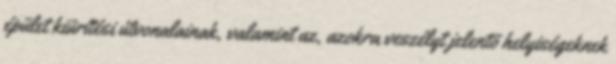
épület kiürítési útvonalainak, valamint az, azokra veszélyt jelentõ helyiségeknek